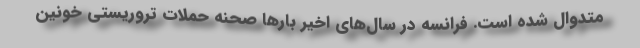
متدوال شده است. فرانسه در سال‌های اخیر بارها صحنه حملات تروریستی خونین